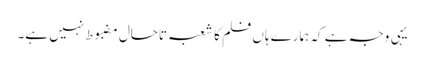
یہی وجہ ہے کہ ہمارے ہاں فلم کا شعبہ تاحال مضبوط نہیں ہے۔